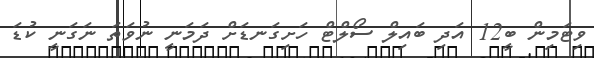
ވިޓަމިން ބީ12 އަދި ބައިލް ސޯލްޓް ހަށިގަނޑަށް ދަމަނީ ނުވަތަ ނަގަނީ ކުޑަ